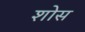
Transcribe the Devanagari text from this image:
शोस